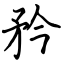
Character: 矜